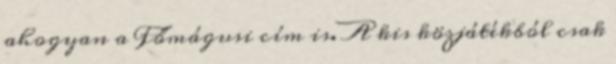
ahogyan a Főmágusi cím is. A kis közjátékból csak